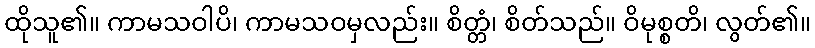
ထိုသူ၏။ ကာမသဝါပိ၊ ကာမသဝမှလည်း။ စိတ္တံ၊ စိတ်သည်။ ဝိမုစ္စတိ၊ လွတ်၏။